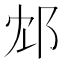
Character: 邥